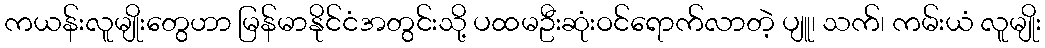
ကယန်းလူမျိုးတွေဟာ မြန်မာနိုင်ငံအတွင်းသို့ ပထမဦးဆုံးဝင်ရောက်လာတဲ့ ပျူ၊ သက်၊ ကမ်းယံ လူမျိုး